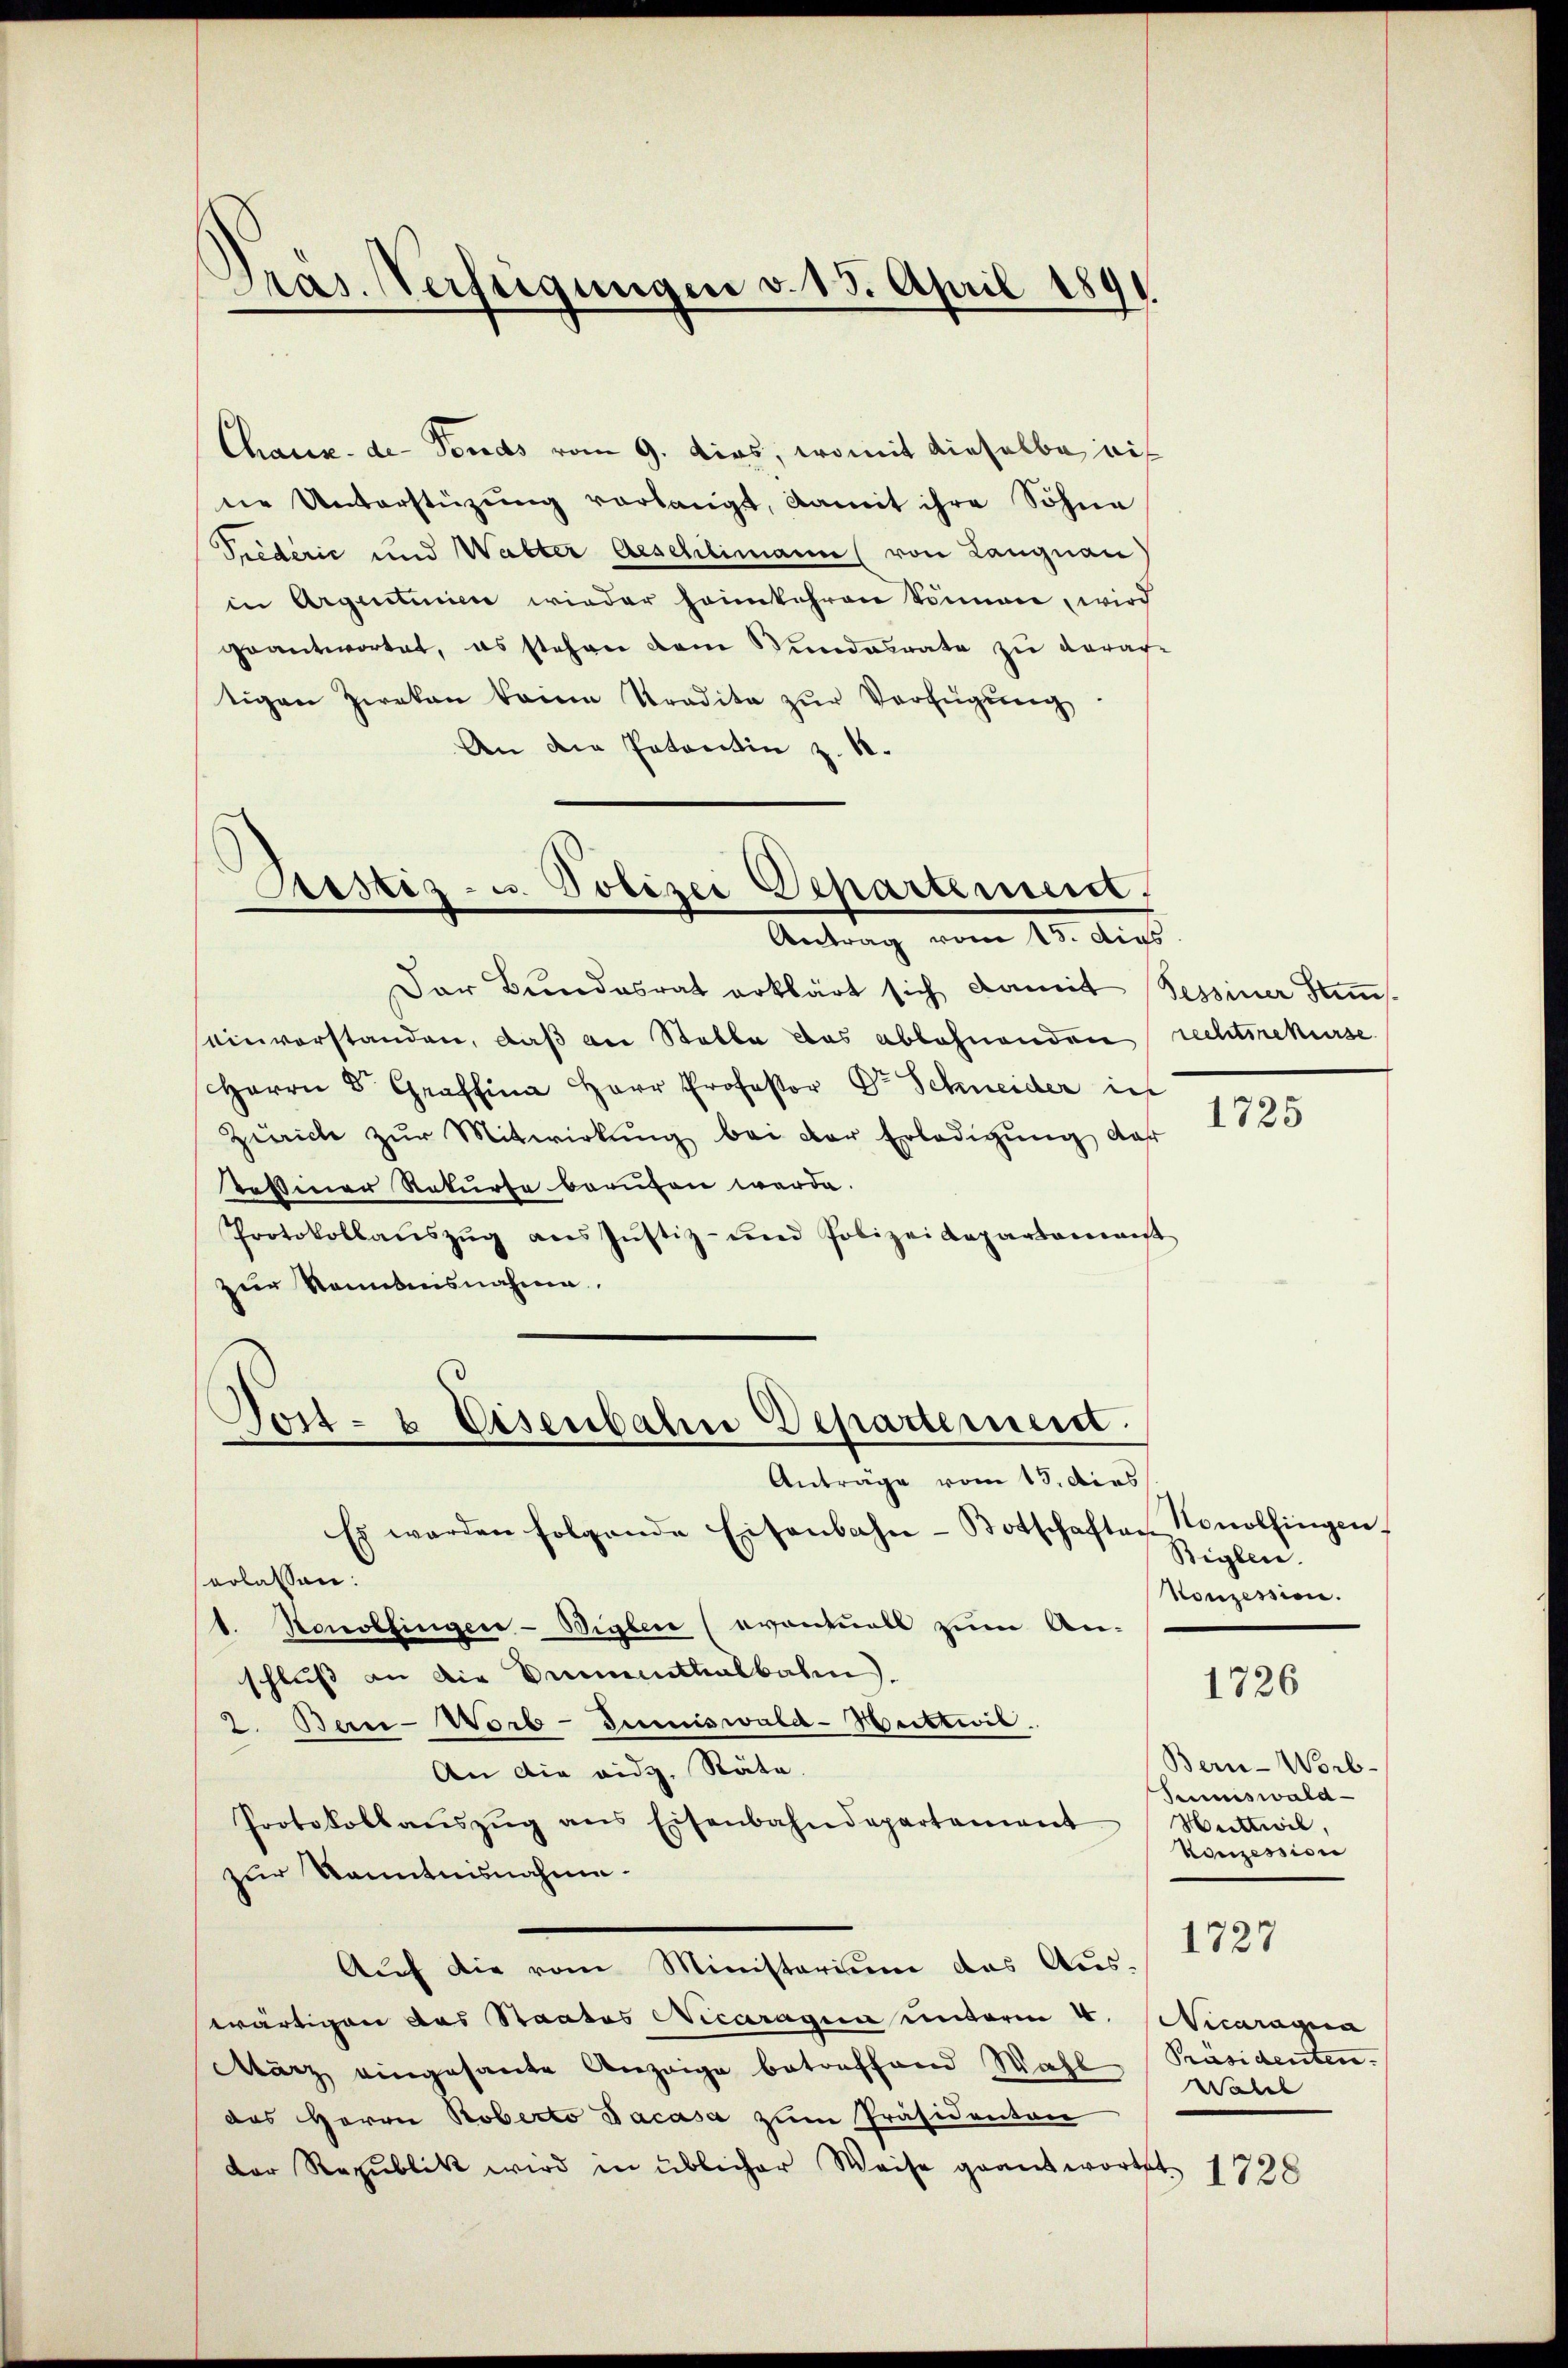
Pras. Verfügungen v. 15. April 1891

Chaux-de-Fonds vom 9. dies, womit dieselbe auf
ne Unterstüzung verlangt, damit ihre Söhne
Tiederić und Walter Aeschlimann (von Langnau)
in Argentinie wieder heimkehren Sommen, wird
geantwortet, es stehen dem Sundesrate zu verar-
tigen Zweken keine Tradita zur Verfügung
An die Patentin z. 18.

Der Bundesrat erklärt sich damit Sessiner Stamms.
einvorstanden, daß an Stable das ablehnenden recht rekurse
Herrn S. Graffina Herr Professor Dr Schneider in
Zürich zŭr Mitwirkung bei der Erledigung der
Tessiner Rekurse berufen werde.
Protokollaŭszŭg ans Jŭstiz- und Polizeidepartament
zur Sennebensnahme

Justiz- u. Polizei Departement,
Antrag vom 10. Auss

Es werden folgende Eisenbahn-Botschaften
erlassen:
1. Honolfinger-Bigler (eventuell zum An-
schluß an die Vermenthalbahn.
2. Bern-Worb-Jumiswald-Huttwil
An die eidg. Räte.
Protokollaŭszŭg ans Eisenbahndepartement
zur Kenntnisnahme.
Auf die vom Ministerium das Aus-
wärtigen das Staates Decaragen unterm 4.
März eingesante Anzeige betreffend Wahl
das Herrn Roberto dacasa zum Präsidenten
der Republik wird in üblicher Weise geantwortet 1790

Tost- & Eisenbahne Departement.
Anträge vom 15. dies

1725

Nonolfingen.
Biglen.
Konzession.

1726

Bern-Worb.
Sumiswald
Huttwil,
Konzession
Nicaragra
Präsidenten.
Wahel

1727